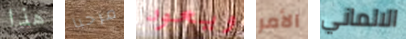
هذا مرحبا ويعود الأمر الالماني